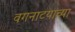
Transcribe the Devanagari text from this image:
वगनाटयाच्या